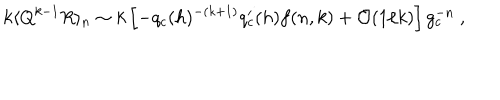
k \langle Q ^ { k - 1 } R \rangle _ { n } \sim k \left[ - q _ { c } ( h ) ^ { - ( k + 1 ) } q _ { c } ^ { \prime } ( h ) f ( n , k ) + { \cal O } ( { 1 / k } ) \right] g _ { c } ^ { - n } \ ,